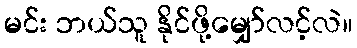
မင်း ဘယ်သူ နိုင်ဖို့မျှော်လင့်လဲ။